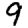
Digit: 9